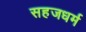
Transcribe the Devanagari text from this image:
सहजधर्म